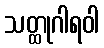
သတ္ထုဂါရဝါ